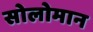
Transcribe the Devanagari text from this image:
सोलोमान